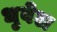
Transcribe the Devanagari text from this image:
धुवेल